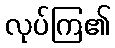
လုပ်ကြ၏